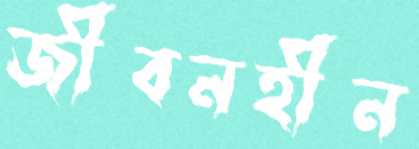
জীবনহীন